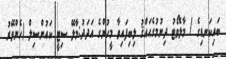
ބައިކަނޑިގެ / މާލެވޯޓު ދިނުމުގެޙައްޤު ލިބިފައިވާ މީހުންގެ އަދަދު:މާލޭ ސިޓީ ކައުންސިލް (ހެންވޭރު